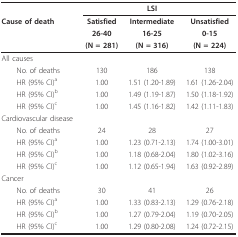
<table><thead><tr><td></td><td></td><td><b>LSI</b></td><td></td></tr><tr><td><b>Cause of death</b></td><td><b>Satisfied</b></td><td><b>Intermediate</b></td><td><b>Unsatisfied</b></td></tr><tr><td></td><td><b>26-40</b></td><td><b>16-25</b></td><td><b>0-15</b></td></tr><tr><td></td><td><b>(N = 281)</b></td><td><b>(N = 316)</b></td><td><b>(N = 224)</b></td></tr></thead><tbody><tr><td>All causes</td><td></td><td></td><td></td></tr><tr><td> No. of deaths</td><td>130</td><td>186</td><td>138</td></tr><tr><td> HR (95% CI)<sup>a</sup></td><td>1.00</td><td>1.51 (1.20-1.89)</td><td>1.61 (1.26-2.04)</td></tr><tr><td> HR (95% CI)<sup>b</sup></td><td>1.00</td><td>1.49 (1.19-1.87)</td><td>1.50 (1.18-1.92)</td></tr><tr><td> HR (95% CI)<sup>c</sup></td><td>1.00</td><td>1.45 (1.16-1.82)</td><td>1.42 (1.11-1.83)</td></tr><tr><td>Cardiovascular disease</td><td></td><td></td><td></td></tr><tr><td> No. of deaths</td><td>24</td><td>28</td><td>27</td></tr><tr><td> HR (95% CI)<sup>a</sup></td><td>1.00</td><td>1.23 (0.71-2.13)</td><td>1.74 (1.00-3.01)</td></tr><tr><td> HR (95% CI)<sup>b</sup></td><td>1.00</td><td>1.18 (0.68-2.04)</td><td>1.80 (1.02-3.16)</td></tr><tr><td> HR (95% CI)<sup>c</sup></td><td>1.00</td><td>1.12 (0.65-1.94)</td><td>1.63 (0.92-2.89)</td></tr><tr><td>Cancer</td><td></td><td></td><td></td></tr><tr><td> No. of deaths</td><td>30</td><td>41</td><td>26</td></tr><tr><td> HR (95% CI)<sup>a</sup></td><td>1.00</td><td>1.33 (0.83-2.13)</td><td>1.29 (0.76-2.18)</td></tr><tr><td> HR (95% CI)<sup>b</sup></td><td>1.00</td><td>1.27 (0.79-2.04)</td><td>1.19 (0.70-2.05)</td></tr><tr><td> HR (95% CI)<sup>c</sup></td><td>1.00</td><td>1.29 (0.80-2.08)</td><td>1.24 (0.72-2.15)</td></tr></tbody></table>